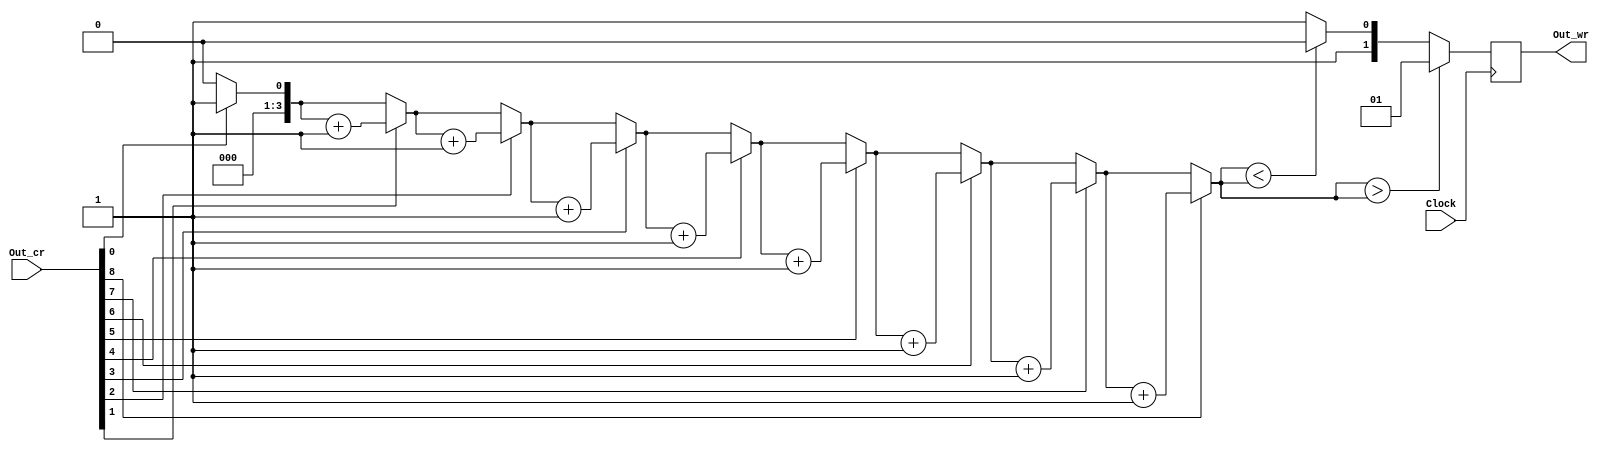
`timescale 1ns / 1ps
//////////////////////////////////////////////////////////////////////////////////
module Winner(Out_cr,Out_wr,Clock);
	input[9:0]Out_cr;
	input Clock;
	output reg[1:0]Out_wr;//01-10-11
	
	reg [3:0]counter_first;
	reg [3:0]counter_second;
	
	initial begin
		counter_first=2'b00;
		counter_second=2'b00;
		Out_wr=2'b00;
	end
	
	integer i;
	always@(posedge Clock)begin
		counter_first=0;
		counter_second=0;
		
		for(i=0;i<9;i=i+1)begin
			if(Out_cr[i]==1)
				counter_first=counter_first+1;
			i=i+1;	
			if(Out_cr[i]==1)
				counter_second=counter_second+1;
		end
		
		if(counter_first>counter_second)
			Out_wr=2'b01;
		else if(counter_first<counter_second)
			Out_wr=2'b10;
		else
			Out_wr=2'b11;
	end
endmodule